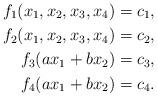
LaTeX: \begin{align*}f_1(x_1,x_2,x_3,x_4) &=c_1,\\f_2(x_1,x_2,x_3,x_4) &=c_2,\\f_3(ax_1+bx_2) &=c_3,\\f_4(ax_1+bx_2) &=c_4.\end{align*}